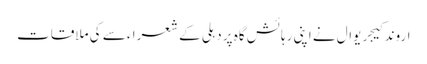
اروند کیجریوال نے اپنی رہائش گاہ پر دہلی کے شعرا ء سے کی ملاقات